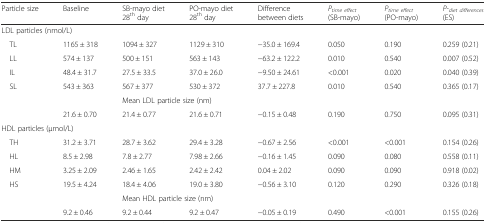
<table><thead><tr><td><b>Particle size</b></td><td><b>Baseline</b></td><td><b>SB-mayo diet28<sup>th</sup> day</b></td><td><b>PO-mayo diet28<sup>th</sup> day</b></td><td><b>Difference between diets</b></td><td><b><i>P</i><sub><i>time effect</i></sub>(SB-mayo)</b></td><td><b><i>P</i><sub><i>time effect</i></sub>(PO-mayo)</b></td><td><b><i>P</i>-<sub><i>diet differences</i></sub>(ES)</b></td></tr></thead><tbody><tr><td colspan="8">LDL particles (nmol/L)</td></tr><tr><td> TL</td><td>1165 ± 318</td><td>1094 ± 327</td><td>1129 ± 310</td><td>−35.0 ± 169.4</td><td>0.050</td><td>0.190</td><td>0.259 (0.21)</td></tr><tr><td> LL</td><td>574 ± 137</td><td>500 ± 151</td><td>563 ± 143</td><td>−63.2 ± 122.2</td><td>0.010</td><td>0.540</td><td>0.007 (0.52)</td></tr><tr><td> IL</td><td>48.4 ± 31.7</td><td>27.5 ± 33.5</td><td>37.0 ± 26.0</td><td>−9.50 ± 24.61</td><td>&lt;0.001</td><td>0.020</td><td>0.040 (0.39)</td></tr><tr><td> SL</td><td>543 ± 363</td><td>567 ± 377</td><td>530 ± 372</td><td>37.7 ± 227.8</td><td>0.010</td><td>0.540</td><td>0.365 (0.17)</td></tr><tr><td></td><td></td><td colspan="6">Mean LDL particle size (nm)</td></tr><tr><td></td><td>21.6 ± 0.70</td><td>21.4 ± 0.77</td><td>21.6 ± 0.71</td><td>−0.15 ± 0.48</td><td>0.190</td><td>0.750</td><td>0.095 (0.31)</td></tr><tr><td colspan="8">HDL particles (μmol/L)</td></tr><tr><td> TH</td><td>31.2 ± 3.71</td><td>28.7 ± 3.62</td><td>29.4 ± 3.28</td><td>−0.67 ± 2.56</td><td>&lt;0.001</td><td>&lt;0.001</td><td>0.154 (0.26)</td></tr><tr><td> HL</td><td>8.5 ± 2.98</td><td>7.8 ± 2.77</td><td>7.98 ± 2.66</td><td>−0.16 ± 1.45</td><td>0.090</td><td>0.080</td><td>0.558 (0.11)</td></tr><tr><td> HM</td><td>3.25 ± 2.09</td><td>2.46 ± 1.65</td><td>2.42 ± 2.42</td><td>0.04 ± 2.02</td><td>0.090</td><td>0.090</td><td>0.918 (0.02)</td></tr><tr><td> HS</td><td>19.5 ± 4.24</td><td>18.4 ± 4.06</td><td>19.0 ± 3.80</td><td>−0.56 ± 3.10</td><td>0.120</td><td>0.290</td><td>0.326 (0.18)</td></tr><tr><td></td><td></td><td colspan="6">Mean HDL particle size (nm)</td></tr><tr><td></td><td>9.2 ± 0.46</td><td>9.2 ± 0.44</td><td>9.2 ± 0.47</td><td>−0.05 ± 0.19</td><td>0.490</td><td>&lt;0.001</td><td>0.155 (0.26)</td></tr></tbody></table>